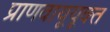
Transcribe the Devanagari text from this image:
प्राणवायूयूक्त